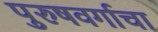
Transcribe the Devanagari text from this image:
पुरुषवर्गाचा